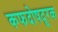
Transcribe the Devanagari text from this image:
कफदोषदूरक